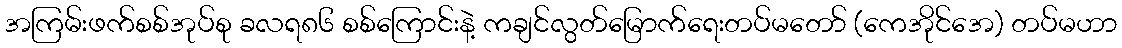
အကြမ်းဖက်စစ်အုပ်စု ခလရ၈၆ စစ်ကြောင်းနဲ့ ကချင်လွတ်မြောက်ရေးတပ်မတော် (ကေအိုင်အေ) တပ်မဟာ